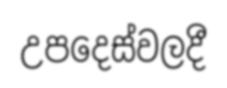
උපදෙස්වලදී